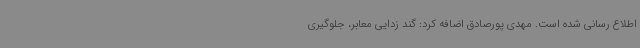
اطلاع رسانی شده است. مهدی پورصادق اضافه کرد: گند زدایی معابر، جلوگیری